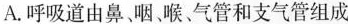
A.呼吸道由鼻咽，喉、气管和支气管组成